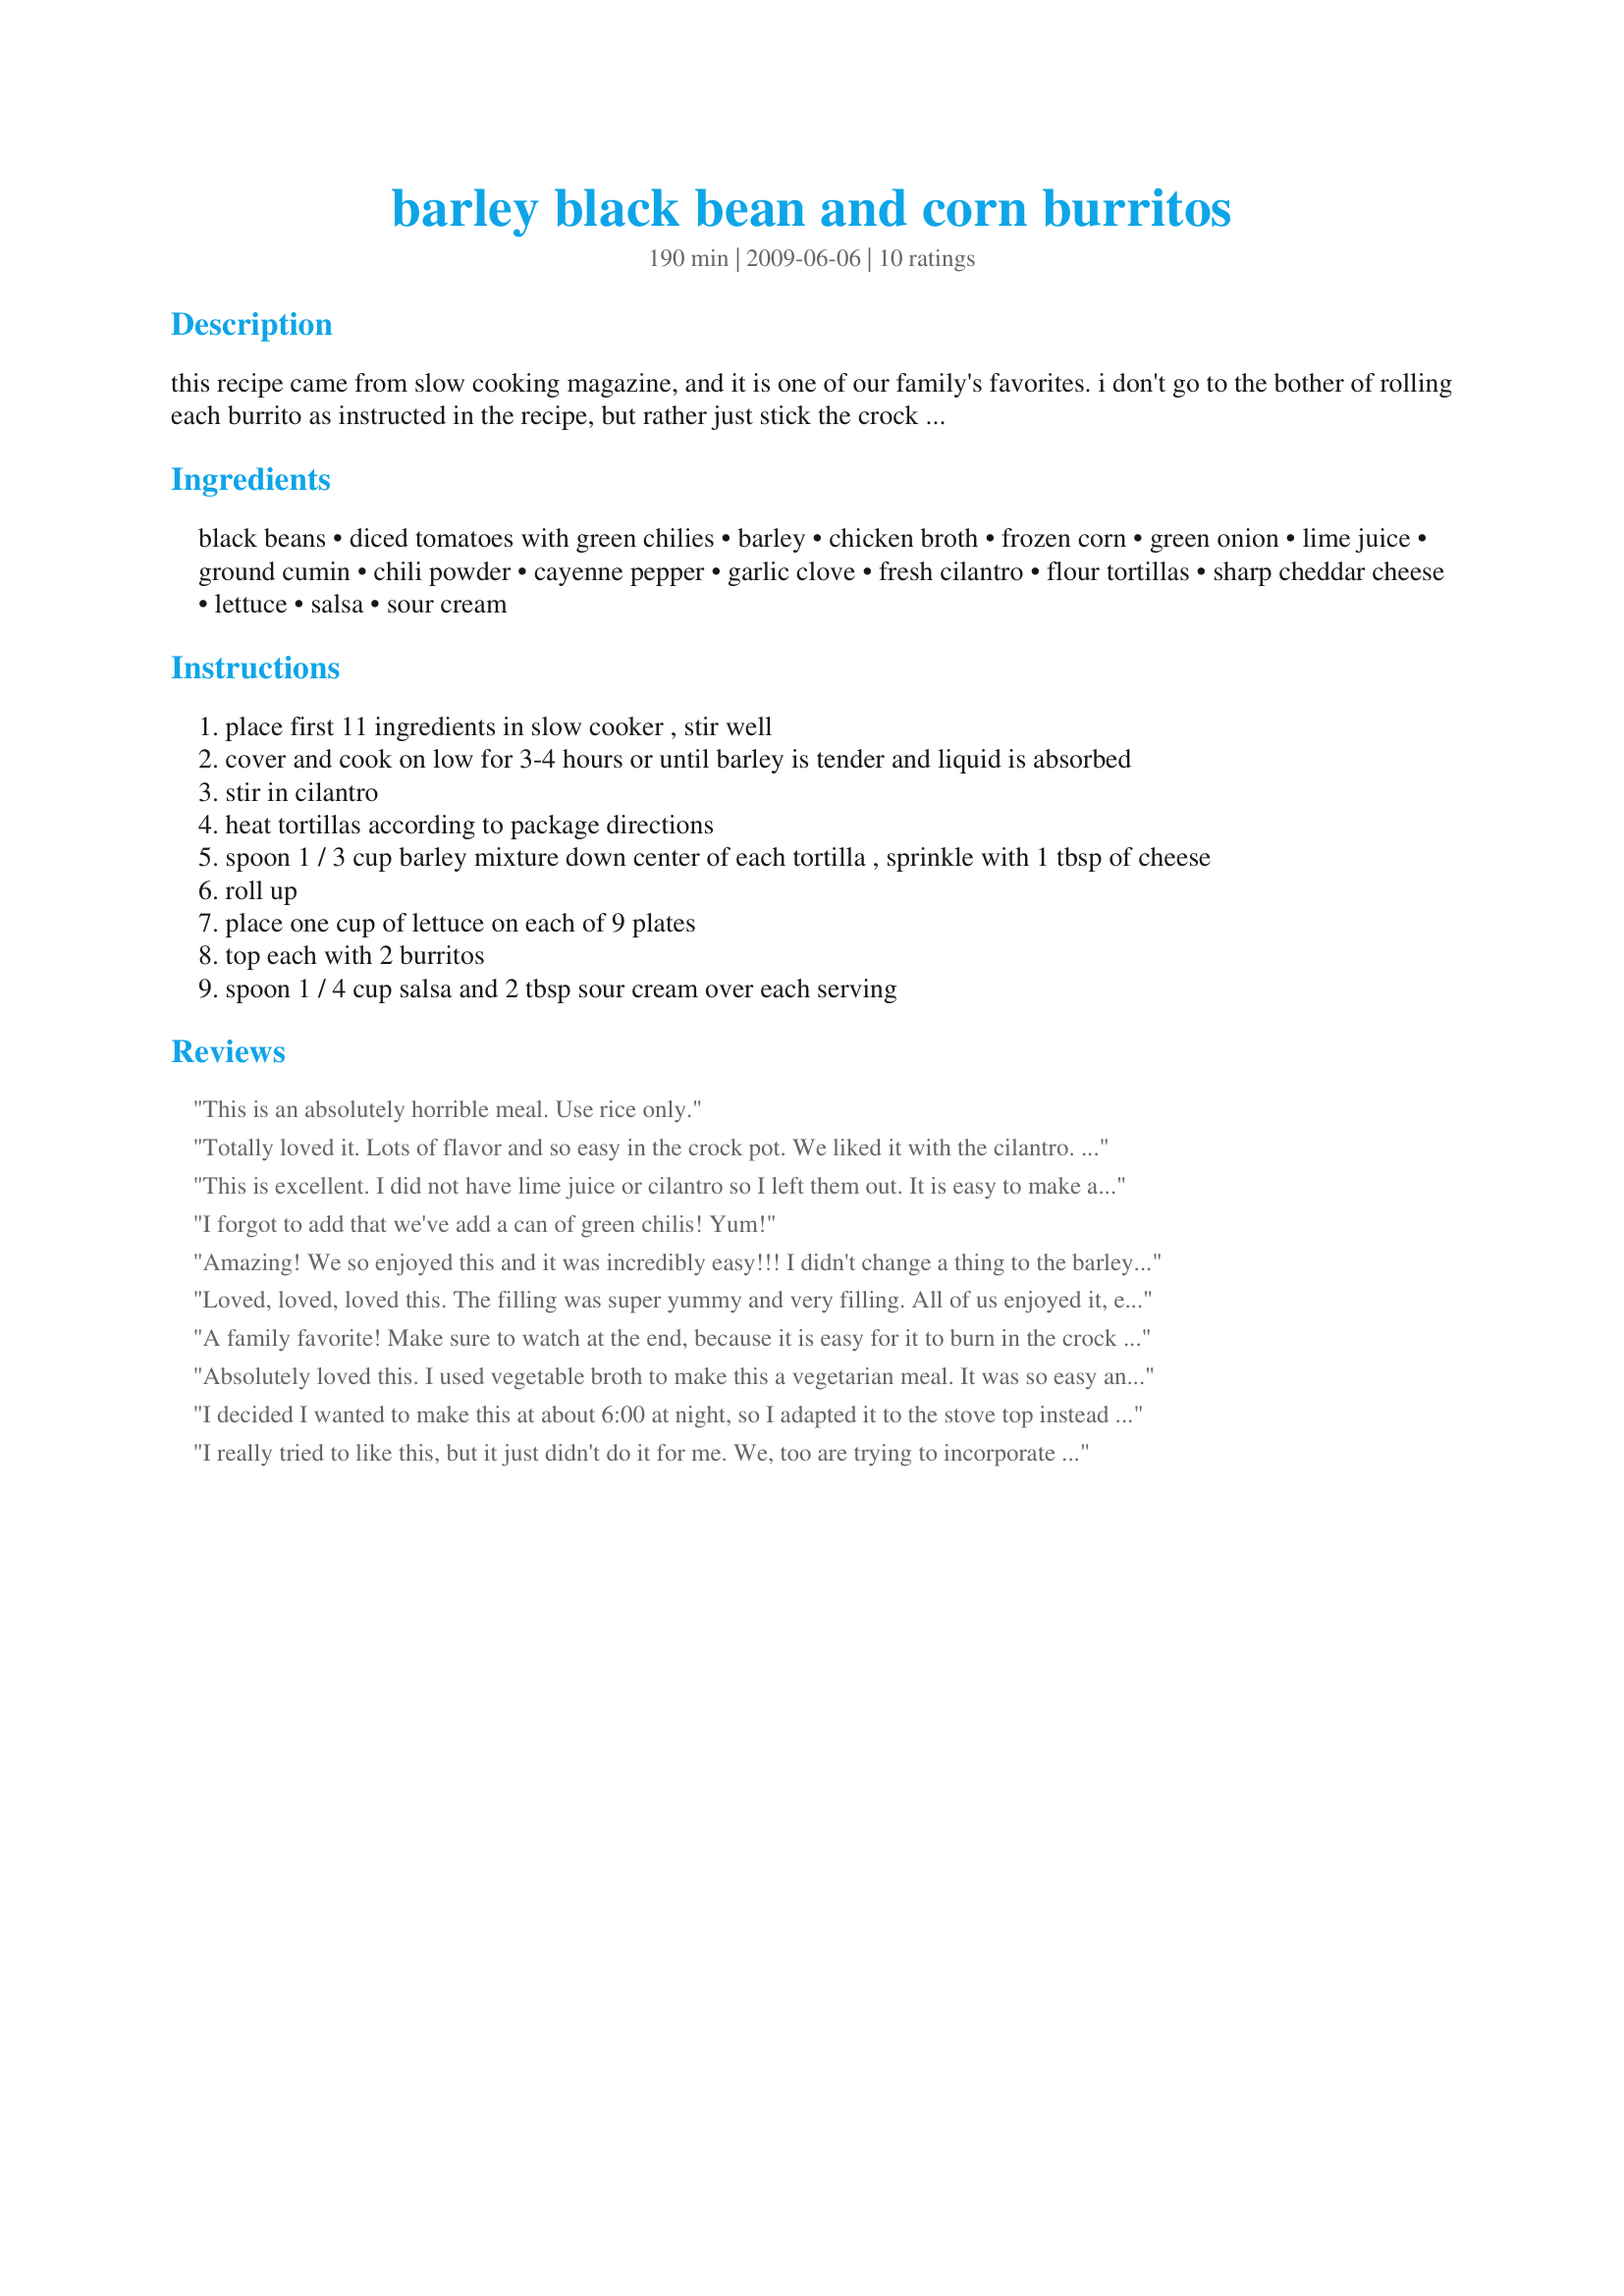
barley black bean and corn burritos
Preparation time: 190 minutes

this recipe came from slow cooking magazine, and it is one of our family's favorites. i don't go to the bother of rolling each burrito as instructed in the recipe, but rather just stick the crock of barley mixture on the table along with tortillas, shredded lettuce and cheese, sour cream and salsa so everyone can make his/her own. it's super yummy, super easy and super filling. (i also omit the cilantro as we're a family of cilantro haters.)

***note: the nutritional information shown with the recipe includes all the ingredients, but one serving of the barley filling alone is 145 calories. you can save lots of calories by going with light sour cream and cheese, and by choosing a lighter tortilla.

Ingredients:
black beans, diced tomatoes with green chilies, barley, chicken broth, frozen corn, green onion, lime juice, ground cumin, chili powder, cayenne pepper, garlic clove, fresh cilantro, flour tortillas, sharp cheddar cheese, lettuce, salsa, sour cream

Steps:
place first 11 ingredients in slow cooker , stir well
cover and cook on low for 3-4 hours or until barley is tender and liquid is absorbed
stir in cilantro
heat tortillas according to package directions
spoon 1 / 3 cup barley mixture down center of each tortilla , sprinkle with 1 tbsp of cheese
roll up
place one cup of lettuce on each of 9 plates
top each with 2 burritos
spoon 1 / 4 cup salsa and 2 tbsp sour cream over each serving

Reviews:
This is an absolutely horrible meal. Use rice only.
Totally loved it. Lots of flavor and so easy in the crock pot. We liked it with the cilantro. I also enjoyed just eating the filling piled on a plate of lettuce and topped with sour cream and cheese. No tortilla necessary.
This is excellent. I did not have lime juice or cilantro so I left them out. It is easy to make and disappeared fast at my house. Thanks for the recipe.
I forgot to add that we've add a can of green chilis! Yum!
Amazing! We so enjoyed this and it was incredibly easy!!! I didn't change a thing to the barley mixture, but I used four large, burrito-sized tortillas. There are tons of leftovers, so I'm looking forward to enjoying this dish again. 
I also added avocado to the table.
Loved, loved, loved this. The filling was super yummy and very filling. All of us enjoyed it, even my kids who tend to be picky. It was so easy to make -- only about five minutes of prep time.
A family favorite! Make sure to watch at the end, because it is easy for it to burn in the crock pot if you're not careful. We like the leftovers with scrambled eggs for breakfast burritos.
Absolutely loved this. I used vegetable broth to make this a vegetarian meal. It was so easy and had so much flavor. I'm not sure what type of barley I used (maybe pearled?), but mine was done in only 3 hours. For the last hour, I cooked on low with the lid halfway off to evaporate the excess liquid. Served on corn tortillas, which was great, but I can't wait to have it on a salad for tomorrow's lunch.
I decided I wanted to make this at about 6:00 at night, so I adapted it to the stove top instead of the slow cooker. I had to keep a close eye on it to avoid burning toward the end, when there wasn't a lot of liquid, but in general it was very easy. The flavor was great, and easy to adjust to my preferences.
I really tried to like this, but it just didn't do it for me. We, too are trying to incorporate more whole grains into our diet. Thanks for submitting it though, maybe it is too hard to teach an old dog new tricks.
